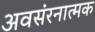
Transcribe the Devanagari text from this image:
अवसंरनात्मक